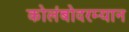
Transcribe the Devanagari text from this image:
कोलंबोदरम्यान